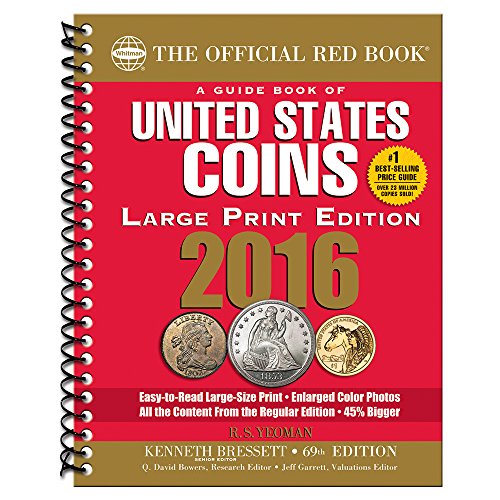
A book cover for A Guide Book of United States Coins 2016 Large Print; Kenneth Bressett; Crafts, Hobbies & Home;